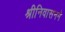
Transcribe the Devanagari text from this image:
श्रीनिवासनने